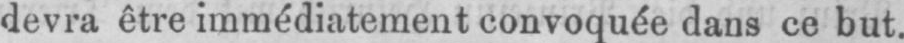
devra être immédiatement convoquée dans ce but.